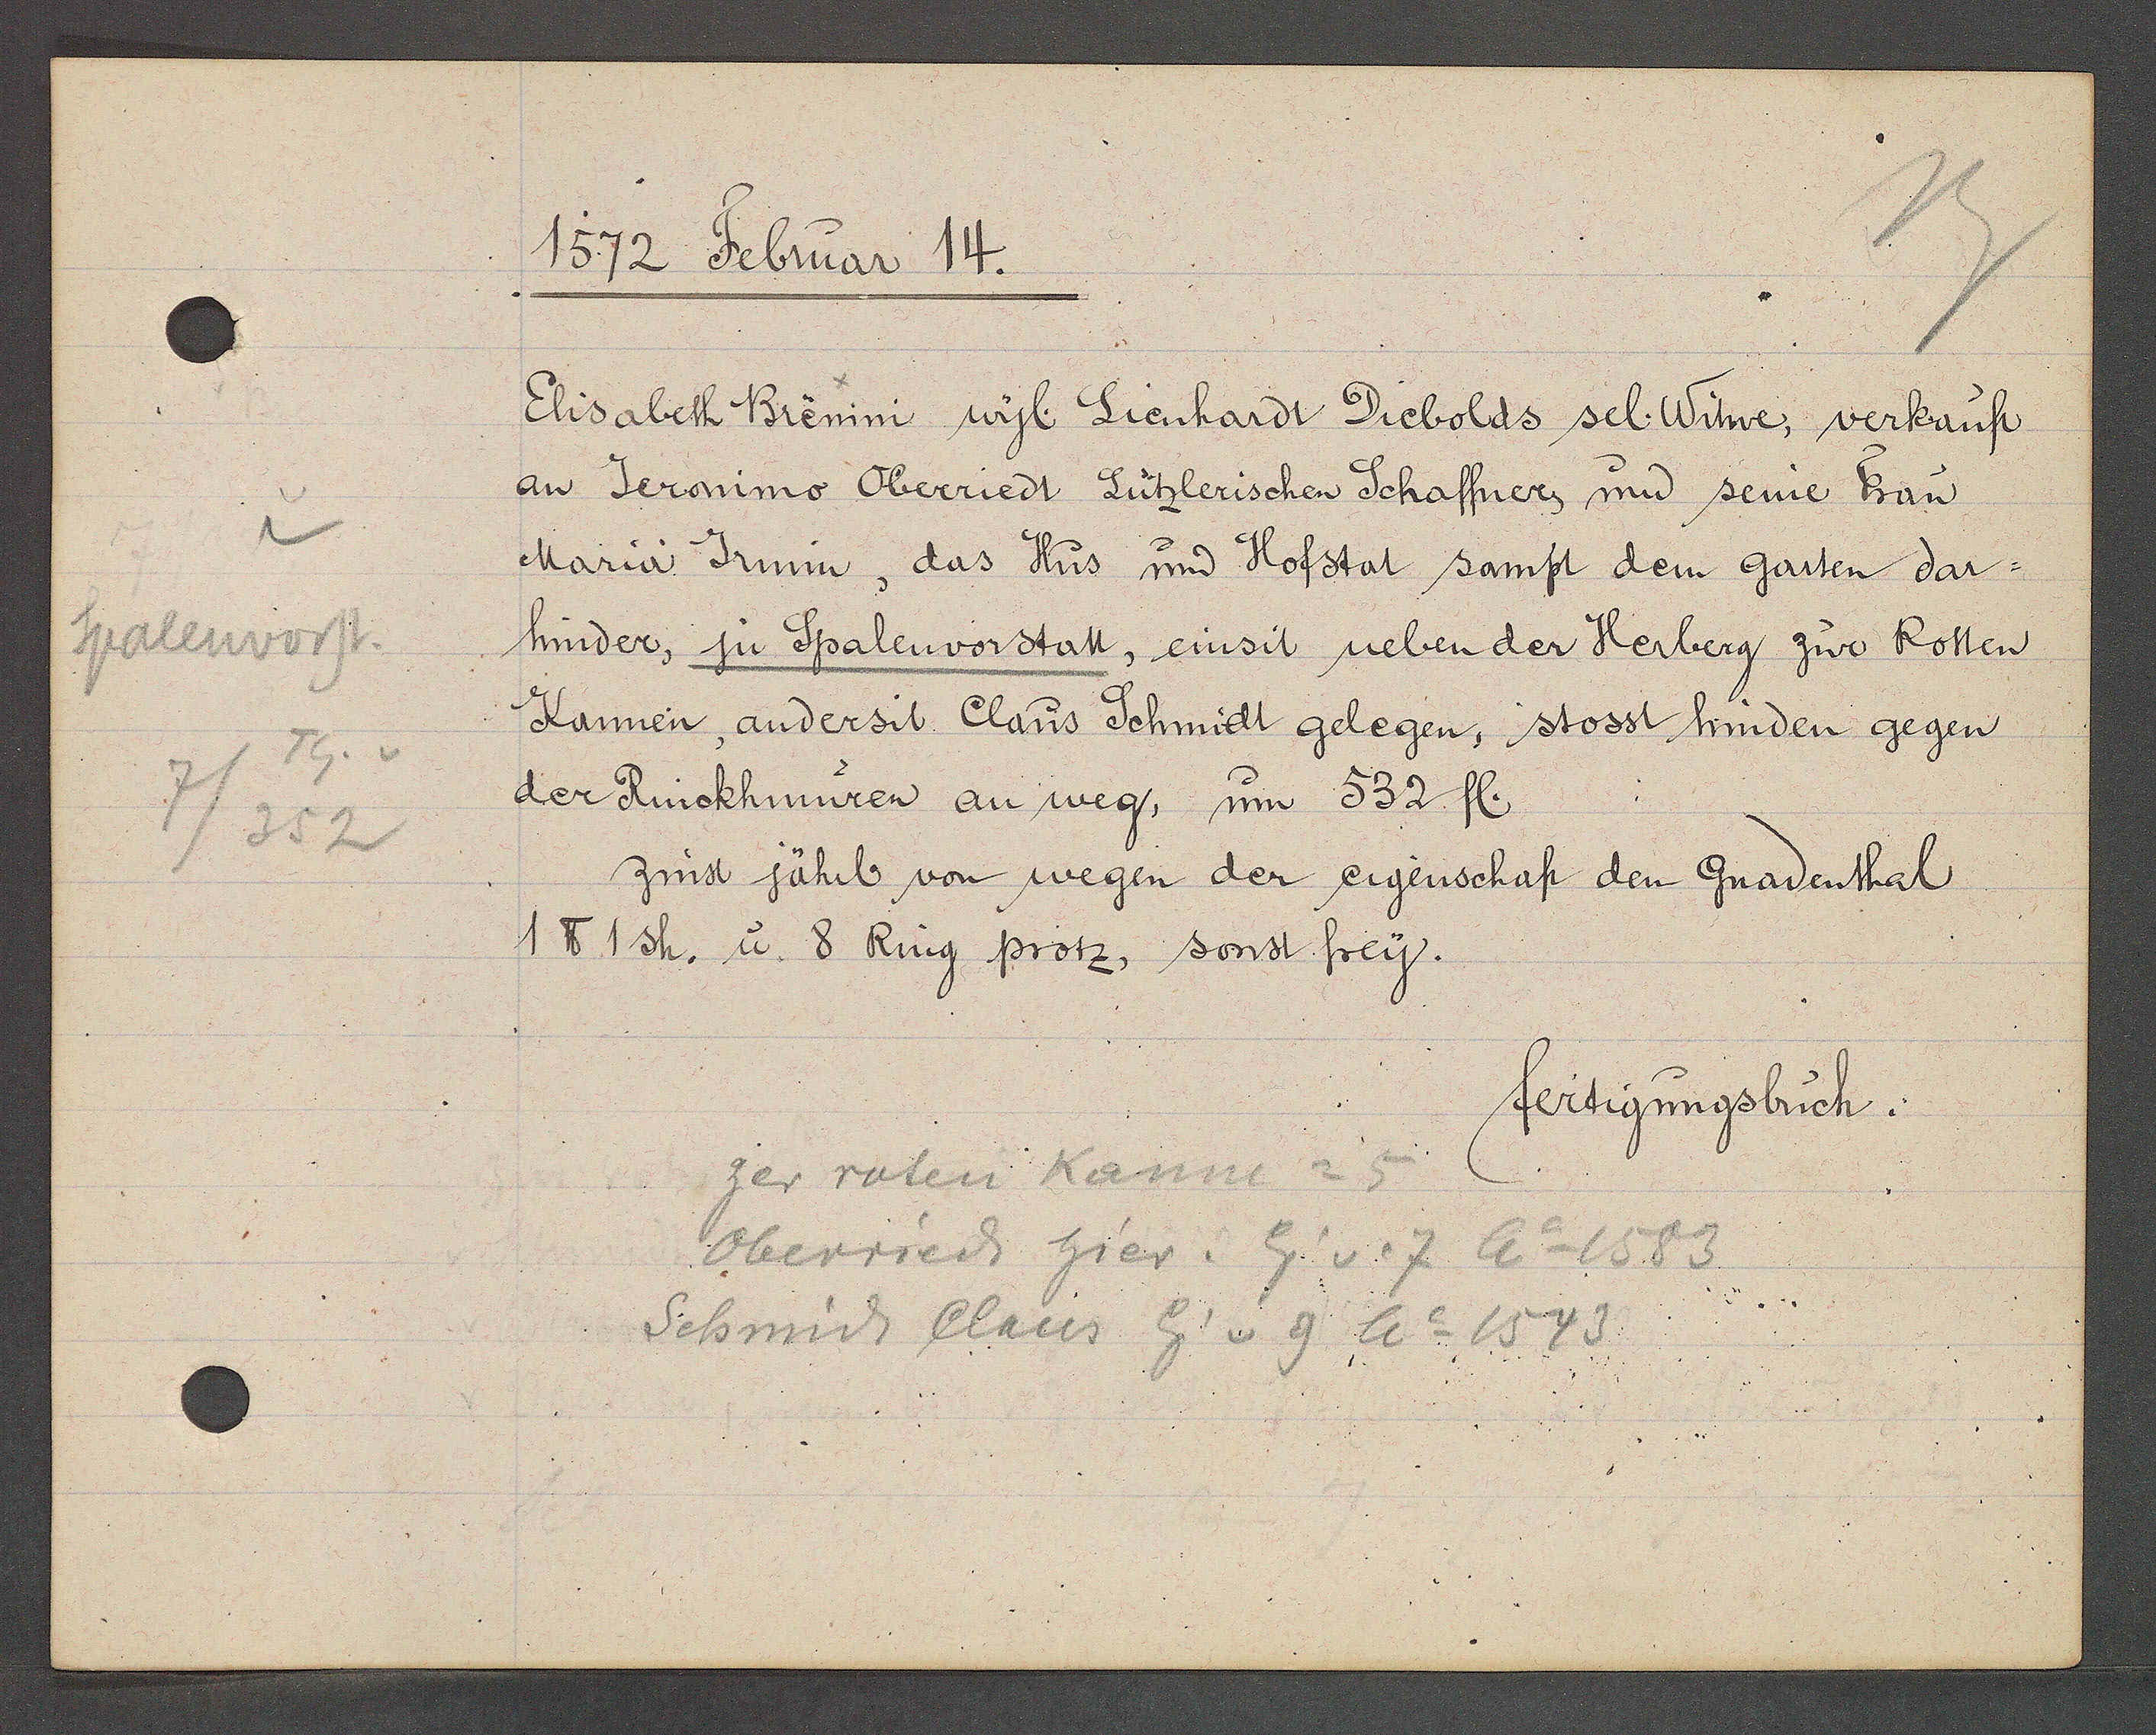
Transcript:
Spalenvorst.
Th. v
7/352

1572 Februar 14.

Elisabeth Brenini wyl. Lienhardt Diebolds sel. Witwe, verkauft
an Jeronimo Oberriedt Lützlerischen Schaffner, und seine Frau
Maria Jrmin, das Hus und Hofstat samt dem garten dar¬
hinder, ju Spalenvorstatt, einsit neben der Herberg zur Rotten
Kannen, andersit Claus Schmidt gelegen, stosst hinden gegen
der Rinckhmuren an weg, um 532 fl.
zinst jährl von wegen der eigenschaft den Gnadenthal
1 ℔ 1 sh. u. 8 Ring protz, sonst frey.

zer roten Kanne = 5
Oberried hier. Eig v. 7 Ao 1583
Schmidt Claus Eig v 9 Ao 1543

fertigungsbuch.